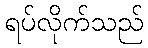
ရပ်လိုက်သည်